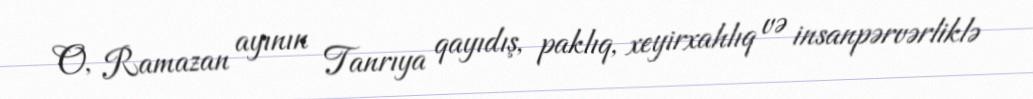
O, Ramazan ayının Tanrıya qayıdış, paklıq, xeyirxahlıq və insanpərvərliklə